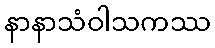
နာနာသံဝါသကဿ